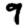
Digit: 9